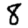
Digit: 8